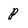
Character: p